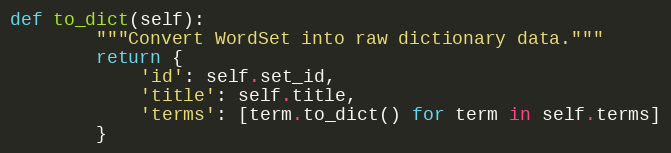
Language: Python
def to_dict(self):
        """Convert WordSet into raw dictionary data."""
        return {
            'id': self.set_id,
            'title': self.title,
            'terms': [term.to_dict() for term in self.terms]
        }